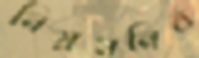
নিয়মনিষ্ঠ